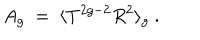
A _ { g } ~ = ~ \langle T ^ { 2 g - 2 } R ^ { 2 } \rangle _ { g } { } ~ .